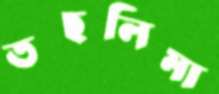
তছলিমা